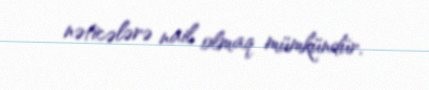
nəticələrə nail olmaq mümkündür.